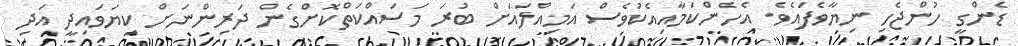
ޑެންގީ ހުންޖެހި ނިޔާވެފައެވެ. އެހެންކަމާއިއެކުވެސް އަމިއްލައަށް ބުރަ މަސައްކަތްކޮށްގެން ދަރިންނަށް ކިޔަވައިދީ އަދި